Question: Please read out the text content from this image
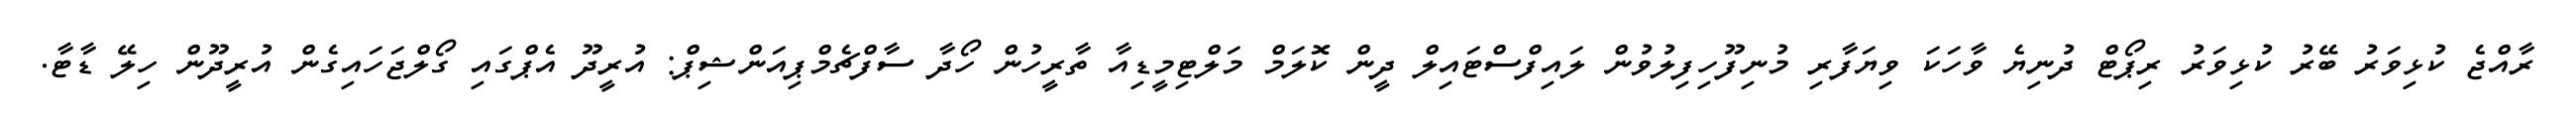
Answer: ރާއްޖެ ކުޅިވަރު ބޭރު ކުޅިވަރު ރިޕޯޓް ދުނިޔެ ވާހަކަ ވިޔަފާރި މުނިފޫހިފިލުވުން ލައިފްސްޓައިލް ދީން ކޮލަމް މަލްޓިމީޑިއާ ތާރީހުން ހޯދާ ސާފްޗެމްޕިއަންޝިޕް: އުރީދޫ އެޕްގައި ގޯލްޖަހައިގެން އުރީދޫން ހިލޭ ޑާޓާ.